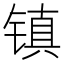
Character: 镇